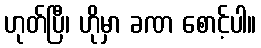
ဟုတ်ပြီ၊ ဟိုမှာ ခဏ စောင့်ပါ။